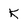
Character: k